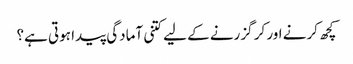
کچھ کرنے اور کر گزرنے کے لیے کتنی آمادگی پیدا ہوتی ہے؟